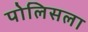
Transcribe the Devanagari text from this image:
पोलिसला